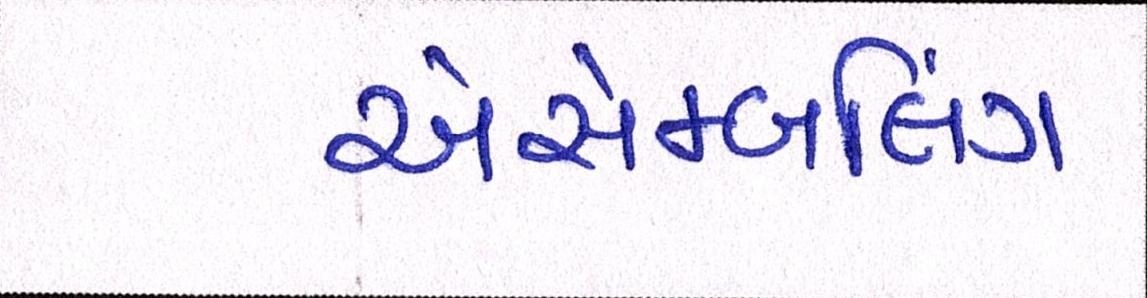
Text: એસેમ્બલિંગ